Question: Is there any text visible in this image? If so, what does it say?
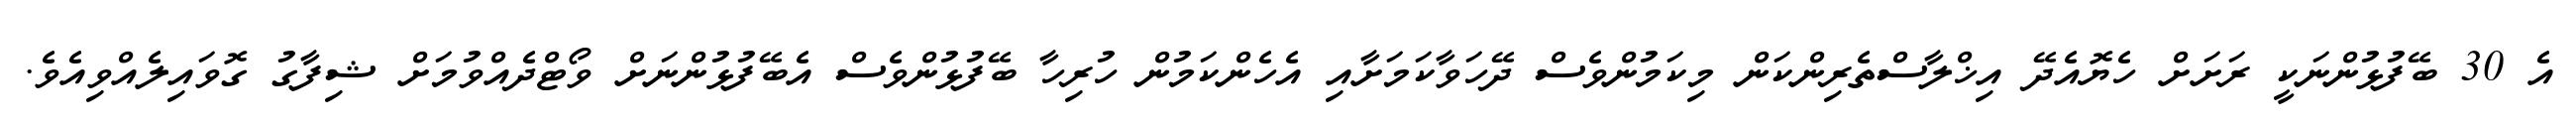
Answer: އެ 30 ބޭފުޅުންނަކީ ރަށަށް ހެޔޮއެދޭ އިޚްލާސްތެރިންކަން މިކަމުންވެސް ދޭހަވާކަމަށާއި އެހެންކަމުން ހުރިހާ ބޭފުޅުންވެސް އެބޭފުޅުންނަށް ވޯޓްދެއްވުމަށް ޝިފާގު ގޮވައިލެއްވިއެވެ.